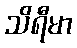
သိရီမာ